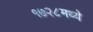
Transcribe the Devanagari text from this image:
१७२८मध्ये